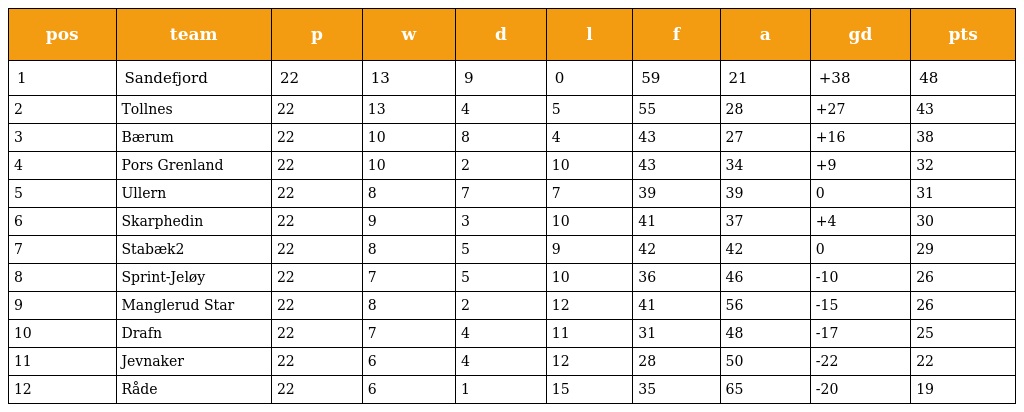
| pos | team | p | w | d | l | f | a | gd | pts |
 | --- | --- | --- | --- | --- | --- | --- | --- | --- | --- |
 | 1 | Sandefjord | 22 | 13 | 9 | 0 | 59 | 21 | +38 | 48 |
 | 2 | Tollnes | 22 | 13 | 4 | 5 | 55 | 28 | +27 | 43 |
 | 3 | Bærum | 22 | 10 | 8 | 4 | 43 | 27 | +16 | 38 |
 | 4 | Pors Grenland | 22 | 10 | 2 | 10 | 43 | 34 | +9 | 32 |
 | 5 | Ullern | 22 | 8 | 7 | 7 | 39 | 39 | 0 | 31 |
 | 6 | Skarphedin | 22 | 9 | 3 | 10 | 41 | 37 | +4 | 30 |
 | 7 | Stabæk2 | 22 | 8 | 5 | 9 | 42 | 42 | 0 | 29 |
 | 8 | Sprint-Jeløy | 22 | 7 | 5 | 10 | 36 | 46 | -10 | 26 |
 | 9 | Manglerud Star | 22 | 8 | 2 | 12 | 41 | 56 | -15 | 26 |
 | 10 | Drafn | 22 | 7 | 4 | 11 | 31 | 48 | -17 | 25 |
 | 11 | Jevnaker | 22 | 6 | 4 | 12 | 28 | 50 | -22 | 22 |
 | 12 | Råde | 22 | 6 | 1 | 15 | 35 | 65 | -20 | 19 |